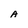
Character: A